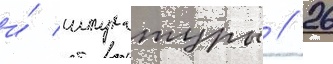
и́ штукатуры // 26